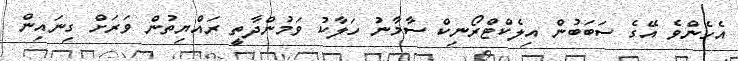
އެހެންވެ އޭގެ ސަބަބުން އިލެކްޓްރޯނިކް ސާމާނު ހަލާކު ވަމުންދާތީ ރައްޔިތުން ވަރަށް ގިނައިން